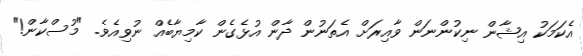
އެކަމަކު އިޝާން ނިކުންނަން ވާއިރަށް އެތަނުން ދާން އުޅެގެން ކާމިޔާބެއް ނުވިއެވެ. "މުސްކާން!"